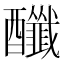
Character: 䤘